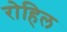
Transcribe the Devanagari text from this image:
रोहिल